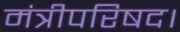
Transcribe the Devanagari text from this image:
मंत्रीपरिषद।